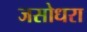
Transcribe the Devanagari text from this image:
जसोधरा